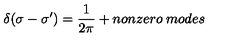
\delta ( \sigma - \sigma ^ { \prime } ) = \frac { 1 } { 2 \pi } + n o n z e r o \: m o d e s